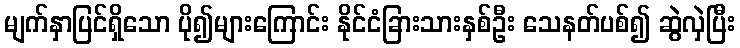
မျက်နှာပြင်ရှိသော ပို၍များကြောင်း နိုင်ငံခြားသားနှစ်ဦး သေနတ်ပစ်၍ ဆွဲလှဲပြီး